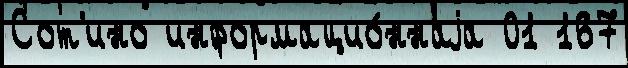
Сот'ино информацио́ннаjа 01 167